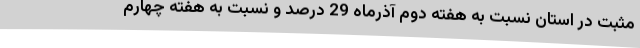
مثبت در استان نسبت به هفته دوم آذرماه 29 درصد و نسبت به هفته چهارم